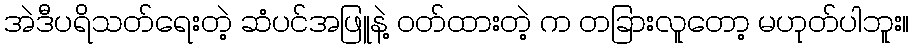
အဲဒီပရိသတ်ရေးတဲ့ ဆံပင်အဖြူနဲ့ ဝတ်ထားတဲ့ က တခြားလူတော့ မဟုတ်ပါဘူး။